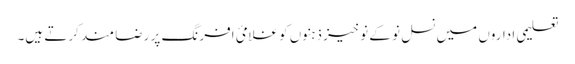
تعلیمی اداروں میں نسل نو کے نوخیز ذہنوں کو غلامئ افرنگ پر رضا مند کرتے ہیں۔